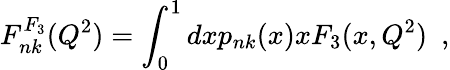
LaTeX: F_{nk}^{F_{3}}(Q^{2})=\int_{0}^{1}dxp_{nk}(x)xF_{3}(x,Q^{2})~~,